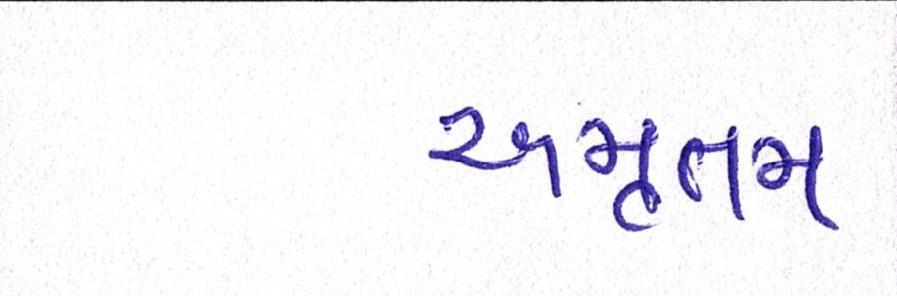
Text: અમૃતમ